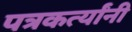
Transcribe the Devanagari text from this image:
पत्रकर्त्यांनी